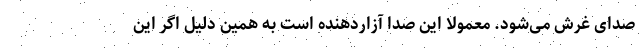
صدای غرش می‌شود. معمولا این صدا آزاردهنده است به همین دلیل اگر این